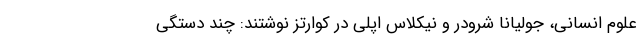
علوم انسانی، جولیانا شرودر و نیکلاس اپلی در کوارتز نوشتند: چند دستگی